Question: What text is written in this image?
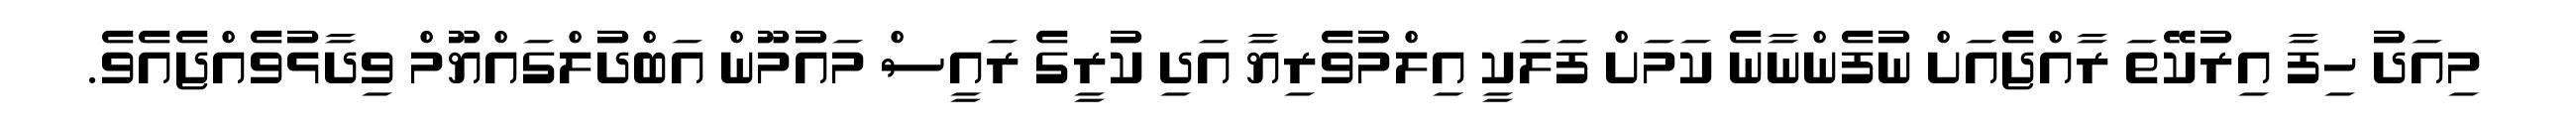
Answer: މިއަދު ހިފާ އިރުކޭތަ ރާއްޖެއަށް ނުފެންނާނެ ކަމަށް ފަލަކީ އިލްމުވެރިޔާ އަދި ކުރީގެ ރައީސް މައުމޫން އަބްދުލްގައްޔޫމް ވިދާޅުވެއްޖެއެވެ.